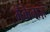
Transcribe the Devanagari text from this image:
मैकेनाज़